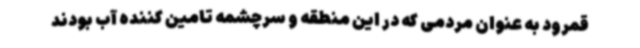
قمرود به عنوان مردمی که در این منطقه و سرچشمه تامین کننده آب بودند